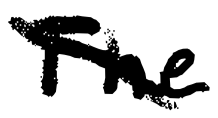
Text: The
Cross-out: mix
Writing tool: digital_black